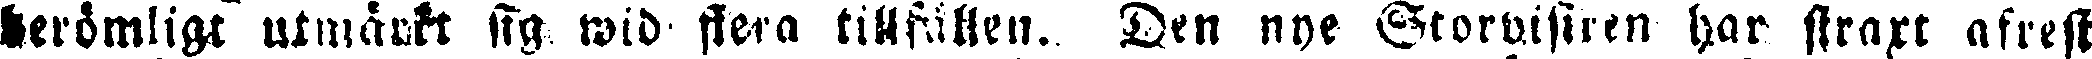
Berömligt utmärkt sig wid flera tillfällen. Den nye Storvisiren har straxt afrest